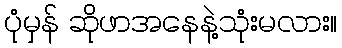
ပုံမှန် ဆိုဖာအနေနဲ့သုံးမလား။